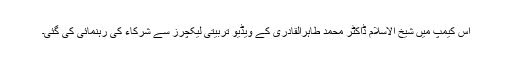
اس کیمپ میں شیخ الاسلام ڈاکٹر محمد طاہرالقادری کے ویڈیو تربیتی لیکچرز سے شرکاء کی رہنمائی کی گئی۔